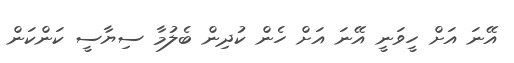
އޭނަ އަށް ހީވަނީ އޭނަ އަށް ހެން ކުދިން ބެލުމާ ސިޔާސީ ކަންކަން